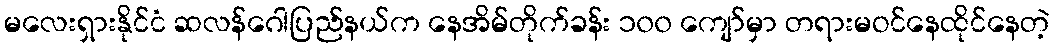
မလေးရှားနိုင်ငံ ဆလန်ဂေါပြည်နယ်က နေအိမ်တိုက်ခန်း ၁၀၀ ကျော်မှာ တရားမဝင်နေထိုင်နေတဲ့